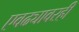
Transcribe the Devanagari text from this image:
एवढ्यावरही